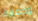
لإحضارك